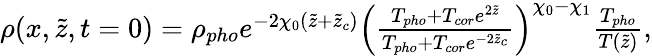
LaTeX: \begin{array}{r}{\rho(x,\tilde{z},t=0)=\rho_{pho}e^{-2\chi_{0}(\tilde{z}+\tilde{z}_{c})}\left(\frac{T_{pho}+T_{cor}e^{2\tilde{z}}}{T_{pho}+T_{cor}e^{-2\tilde{z}_{c}}}\right)^{\chi_{0}-\chi_{1}}\frac{T_{pho}}{T(\tilde{z})},}\end{array}